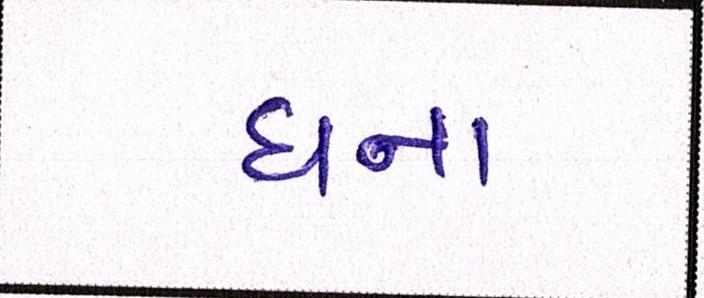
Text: ઘના